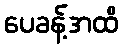
ပေခန့်အထိ